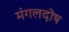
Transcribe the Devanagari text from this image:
मंगलदोष